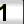
Digit: 1